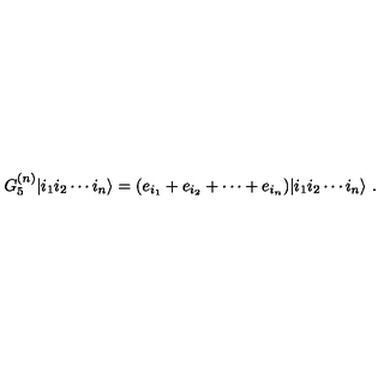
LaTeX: G _ { 5 } ^ { ( n ) } | i _ { 1 } i _ { 2 } \cdots i _ { n } \rangle = ( e _ { i _ { 1 } } + e _ { i _ { 2 } } + \cdots + e _ { i _ { n } } ) | i _ { 1 } i _ { 2 } \cdots i _ { n } \rangle \ .